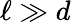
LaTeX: \ell\gg d